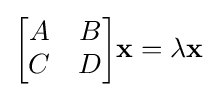
{\begin{bmatrix}A&B\\C&D\\\end{bmatrix}}\mathbf {x} =\lambda \mathbf {x}